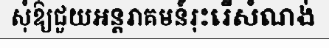
សុំឱ្យជួយអន្តរាគមន៍រុះរើសំណង់